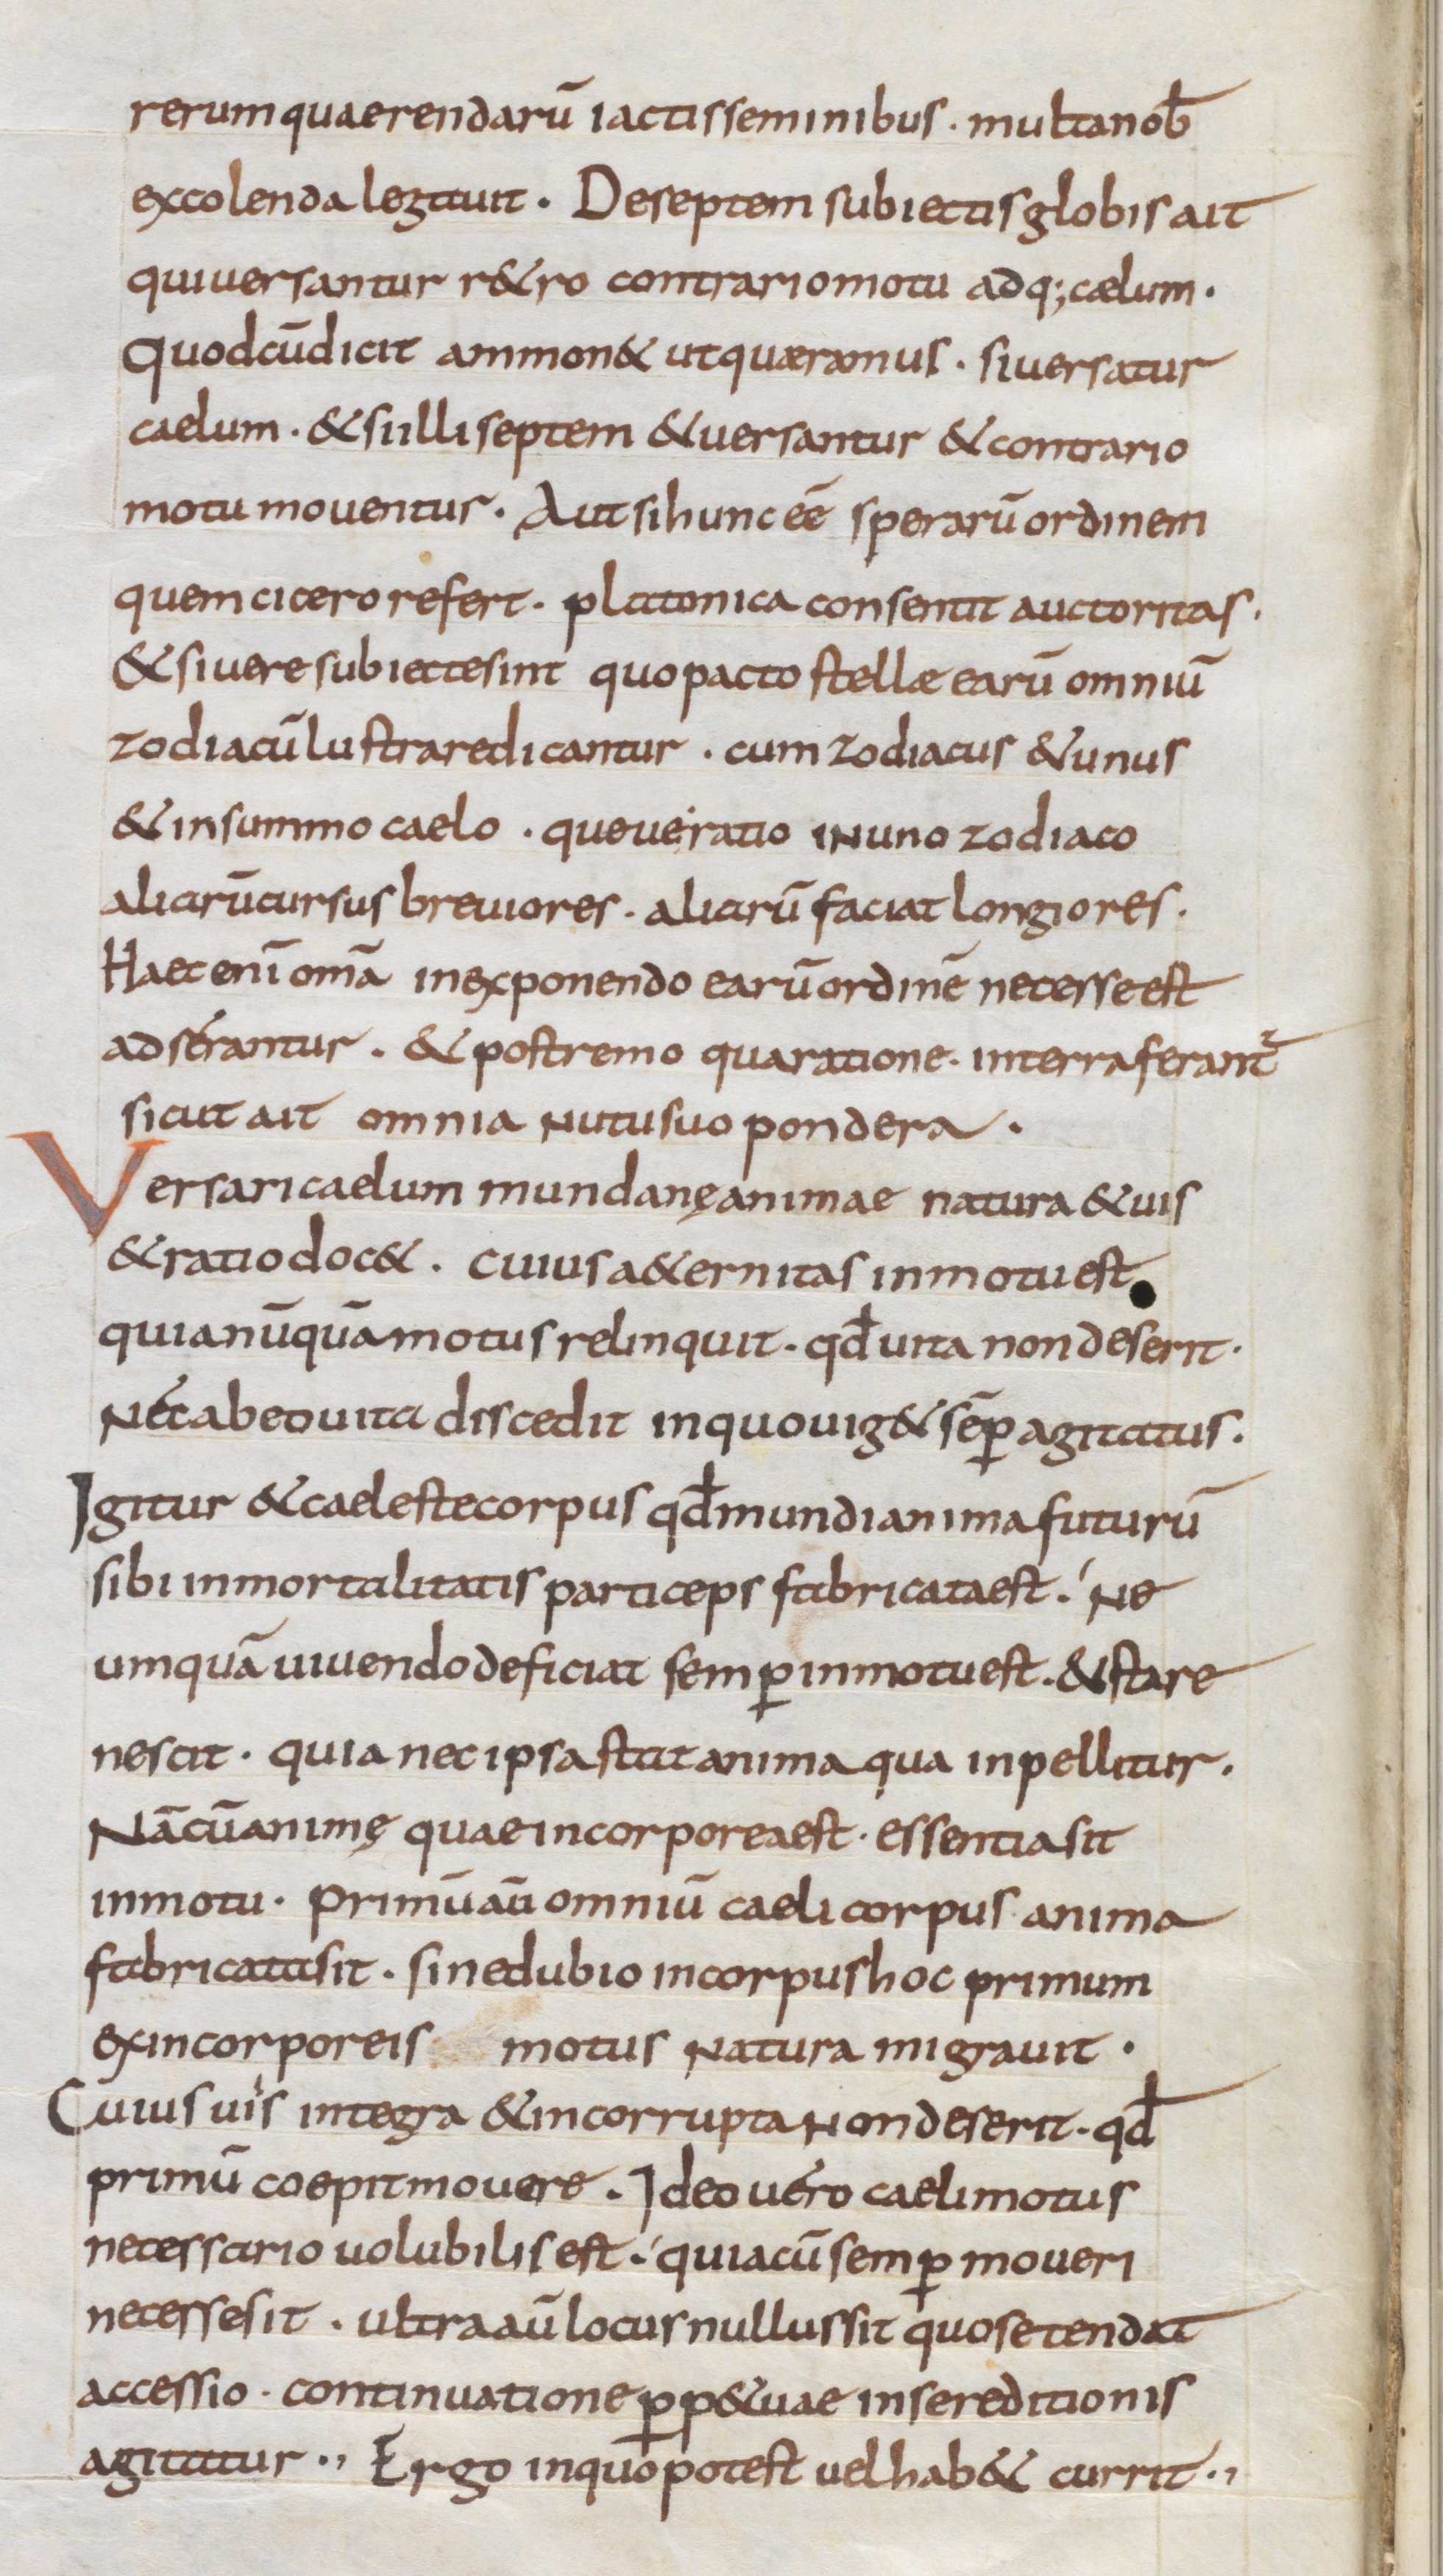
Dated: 850–899